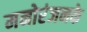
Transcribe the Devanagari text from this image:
मनोरंजनके